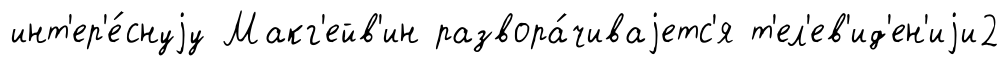
инт'ер'е́снуjу Макг'ейв'ин развора́чиваjетс'я т'ел'ев'ид'ен'иjи2